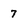
Character: 7